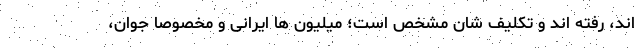
اند، رفته اند و تکلیف شان مشخص است؛ میلیون ها ایرانی و مخصوصاً جوان،